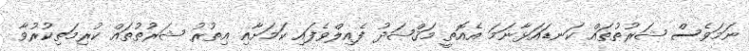
ނަމަވެސް ޝަރުޠުތައް ކަނޑައަޅާނަމަ އެއޮތީ މަޤްޞަދު ފެއިލްވެފައި ކަމަށާއި އިތުރު ޝަރުތުތައް ކުރިމަތިކުރުވާ